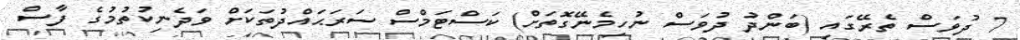
7 ދުވަސް ތެރޭގައި (ބަންދު ދުވަސް ނުހިމެނޭގޮތަށް) ކަސްޓަމްސް ސަރަޙައްދުތަކަށް ވަދެނިކުތުމުގެ ފާސް